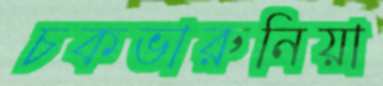
চকভারুনিয়া